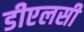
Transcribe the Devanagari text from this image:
डीएलसी